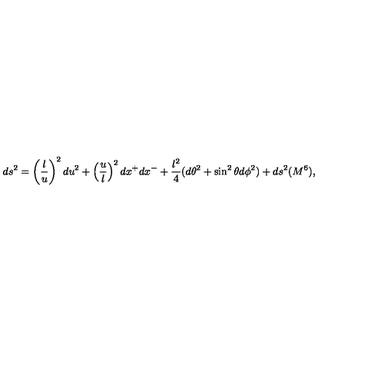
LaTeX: d s ^ { 2 } = \left( \frac { l } { u } \right) ^ { 2 } d u ^ { 2 } + \left( \frac { u } { l } \right) ^ { 2 } d x ^ { + } d x ^ { - } + \frac { l ^ { 2 } } { 4 } ( d \theta ^ { 2 } + \sin ^ { 2 } \theta d \phi ^ { 2 } ) + d s ^ { 2 } ( M ^ { 6 } ) ,